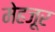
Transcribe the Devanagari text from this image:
मेहजूर